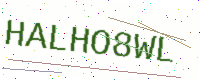
Text: HALHO8WL